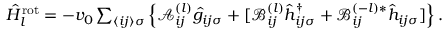
\begin{array} { r } { \hat { H } _ { l } ^ { \mathrm { r o t } } = - v _ { 0 } \sum _ { \langle i j \rangle \sigma } \left\{ \mathcal { A } _ { i j } ^ { ( l ) } \hat { g } _ { i j \sigma } + [ \mathcal { B } _ { i j } ^ { ( l ) } \hat { h } _ { i j \sigma } ^ { \dagger } + \mathcal { B } _ { i j } ^ { ( - l ) * } \hat { h } _ { i j \sigma } ] \right\} . } \end{array}